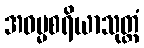
အဓမ္မစရိယာသုတ္တံ